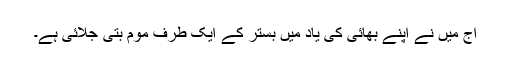
آج میں نے اپنے بھائی کی یاد میں بستر کے ایک طرف موم بتی جلائی ہے۔